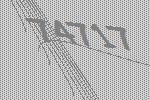
74717